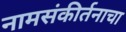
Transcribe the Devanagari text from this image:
नामसंकीर्तनाचा